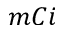
m C i